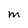
Character: M